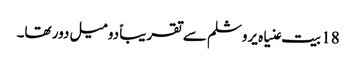
18 بیت عنیاہ یروشلم سے تقریباً دو میل دور تھا۔